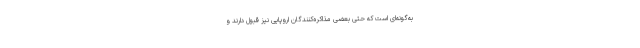
به‌گونه‌ای است که حتی بعضی مذاکره‌کنندگان اروپایی نیز قبول دارند و